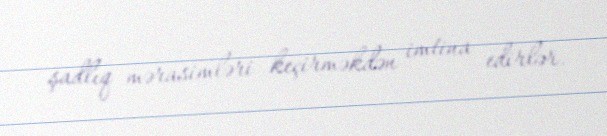
şadlıq mərasimləri keçirməkdən imtina edirlər.